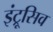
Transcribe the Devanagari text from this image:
इंट्रूसिव